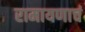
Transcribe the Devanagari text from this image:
रामायणाचं